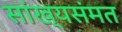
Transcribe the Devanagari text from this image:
सांख्यसंमत